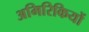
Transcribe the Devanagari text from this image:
अमिरिकियों